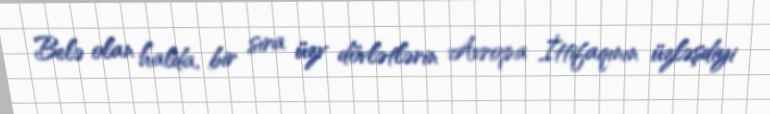
Belə olan halda, bir sıra üzv dövlətlərin Avropa İttifaqının üzləşdiyi